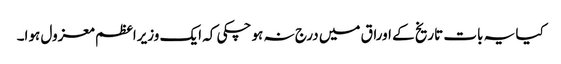
کیا یہ بات تاریخ کے اوراق میں درج نہ ہو چکی کہ ایک وزیراعظم معزول ہوا۔